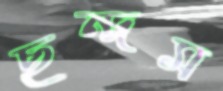
ছন্দম